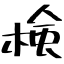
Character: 検